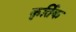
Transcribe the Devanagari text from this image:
कृर्तिक